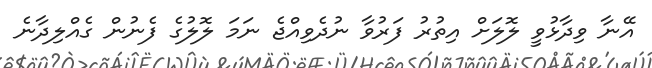
އޭނާ ވިދާޅުވީ ލޮލަށް އިތުރު ފަރުވާ ނުދެވިއްޖެ ނަމަ ލޮލުގެ ފެނުން ގެއްލިދާނެ